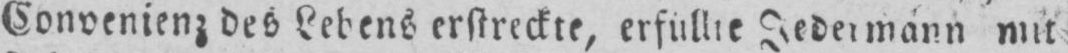
Jedermann mit